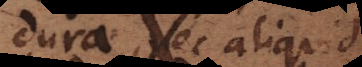
dura, nec aliquid